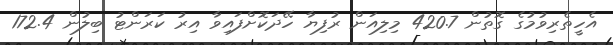
އެހީތެރިވުމުގެ ގޮތުން 420.7 މިލިއަން ރުފިޔާ ހޭދަކޮށްފައިވާ އިރު ކަރަންޓު ބިލުން 172.4